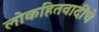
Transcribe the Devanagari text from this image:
लोकहितवादींचे